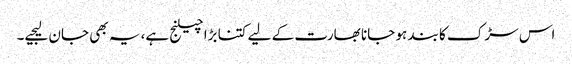
اس سڑک کا بند ہو جانا بھارت کے لیے کتنا بڑا چیلنج ہے، یہ بھی جان لیجیے۔